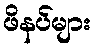
ဖိနပ်များ